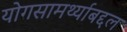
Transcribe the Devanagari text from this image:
योगसामर्थ्याबद्दल